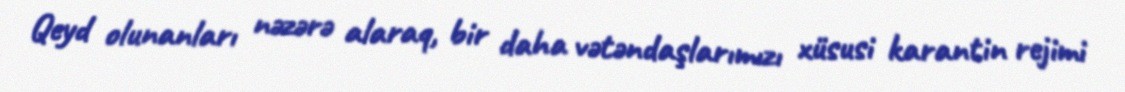
Qeyd olunanları nəzərə alaraq, bir daha vətəndaşlarımızı xüsusi karantin rejimi